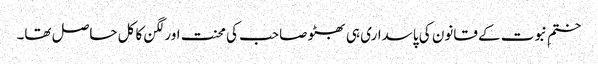
ختمِ نبوت کے قانون کی پاسداری ہی بھٹو صاحب کی محنت اور لگن کا کل حاصل تھا۔